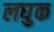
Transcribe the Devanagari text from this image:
लघुक